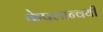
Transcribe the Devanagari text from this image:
केपलान्वयी